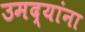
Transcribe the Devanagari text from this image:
उमद्यांना